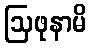
ဩဖုနာမိ